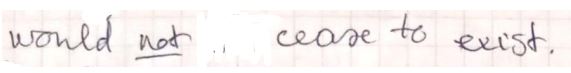
would not cease to exist.